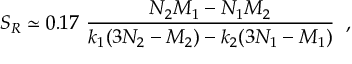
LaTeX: S _ { R } \simeq 0 . 1 7 \ \frac { N _ { 2 } M _ { 1 } - N _ { 1 } M _ { 2 } } { k _ { 1 } ( 3 N _ { 2 } - M _ { 2 } ) - k _ { 2 } ( 3 N _ { 1 } - M _ { 1 } ) } \; \; ,